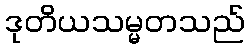
ဒုတိယသမ္မတသည်